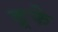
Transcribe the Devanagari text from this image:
डूफे